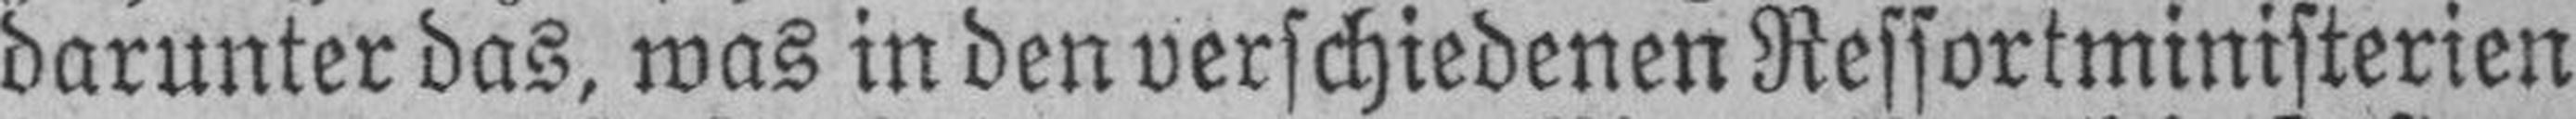
darunter das, was in den verschiedenen Ressortministerien